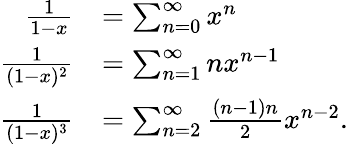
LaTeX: {\begin{array}{rl}{{\frac{1}{1-x}}}&{=\sum_{n=0}^{\infty}x^{n}}\\ {{\frac{1}{(1-x)^{2}}}}&{=\sum_{n=1}^{\infty}nx^{n-1}}\\ {{\frac{1}{(1-x)^{3}}}}&{=\sum_{n=2}^{\infty}{\frac{(n-1)n}{2}}x^{n-2}.}\end{array}}